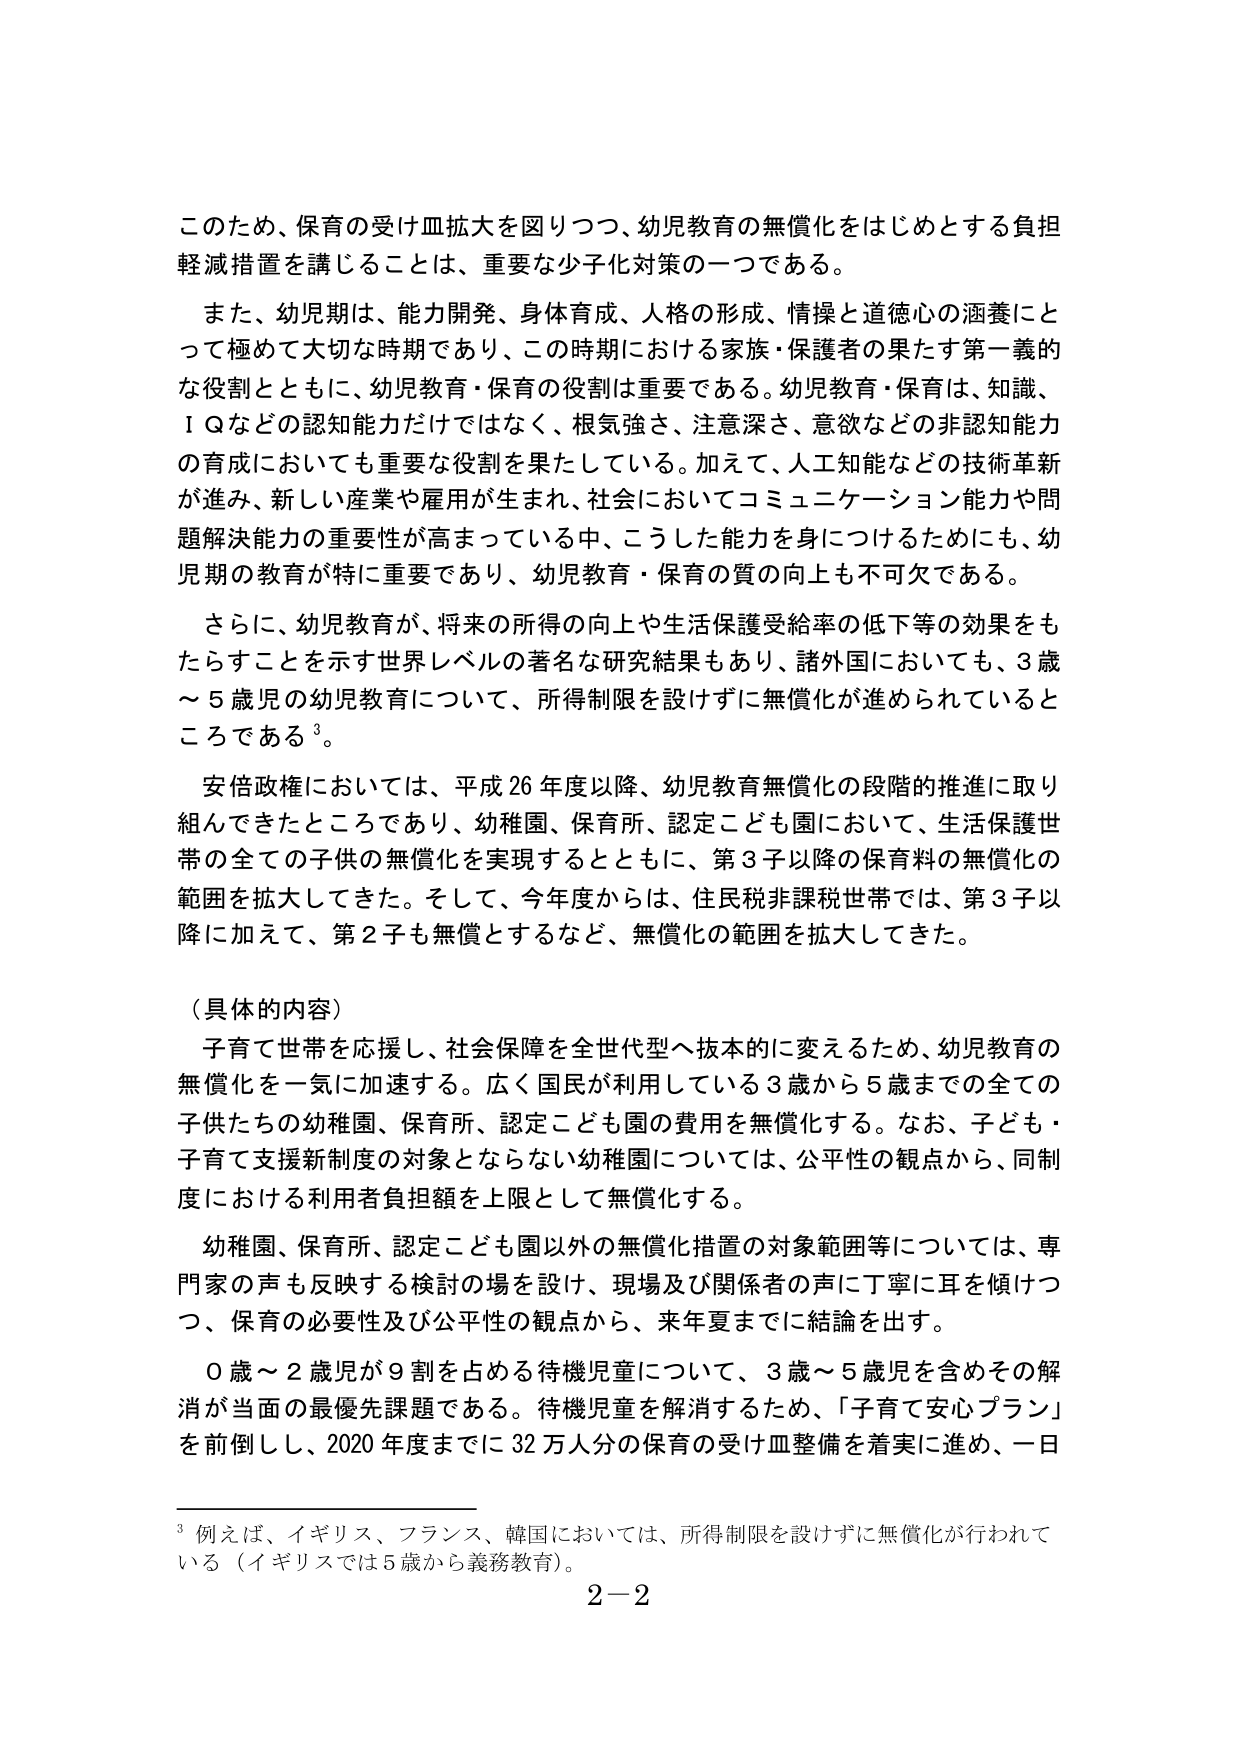
このため、保育の受け皿拡大を図りつつ、幼児教育の無償化をはじめとする負担軽減措置を講じることは、重要な少子化対策の一つである。

また、幼児期は、能力開発、身体育成、人格の形成、情操と道徳心の涵養にとって極めて大切な時期であり、この時期における家族・保護者の果たす第一義的な役割とともに、幼児教育・保育の役割は重要である。幼児教育・保育は、知識、ＩＱなどの認知能力だけではなく、根気強さ、注意深さ、意欲などの非認知能力の育成においても重要な役割を果たしている。加えて、人工知能などの技術革新が進み、新しい産業や雇用が生まれ、社会においてコミュニケーション能力や問題解決能力の重要性が高まっている中、こうした能力を身につけるためにも、幼児期の教育が特に重要であり、幼児教育・保育の質の向上も不可欠である。

さらに、幼児教育が、将来の所得の向上や生活保護受給率の低下等の効果をもたらすことを示す世界レベルの著名な研究結果もあり、諸外国においても、3歳～5歳児の幼児教育について、所得制限を設けずに無償化が進められているところである³。

安倍政権においては、平成26年度以降、幼児教育無償化の段階的推進に取り組んできたところであり、幼稚園、保育所、認定こども園において、生活保護世帯の全ての子供の無償化を実現するとともに、第3子以降の保育料の無償化の範囲を拡大してきた。そして、今年度からは、住民税非課税世帯では、第3子以降に加えて、第2子も無償とするなど、無償化の範囲を拡大してきた。

（具体的内容）

子育て世帯を応援し、社会保障を全世代型へ抜本的に変えるため、幼児教育の無償化を一気に加速する。広く国民が利用している3歳から5歳までの全ての子供たちの幼稚園、保育所、認定こども園の費用を無償化する。なお、子ども・子育て支援新制度の対象とならない幼稚園については、公平性の観点から、同制度における利用者負担額を上限として無償化する。

幼稚園、保育所、認定こども園以外の無償化措置の対象範囲等については、専門家の声も反映する検討の場を設け、現場及び関係者の声に丁寧に耳を傾けつつ、保育の必要性及び公平性の観点から、来年夏までに結論を出す。

0歳～2歳児が9割を占める待機児童について、3歳～5歳児を含めその解消が当面の最優先課題である。待機児童を解消するため、「子育て安心プラン」を前倒しし、2020年度までに32万人分の保育の受け皿整備を着実に進め、一日

³ 例えば、イギリス、フランス、韓国においては、所得制限を設けずに無償化が行われている（イギリスでは5歳から義務教育）。

2－2